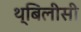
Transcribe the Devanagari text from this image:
थ्बिलीसी